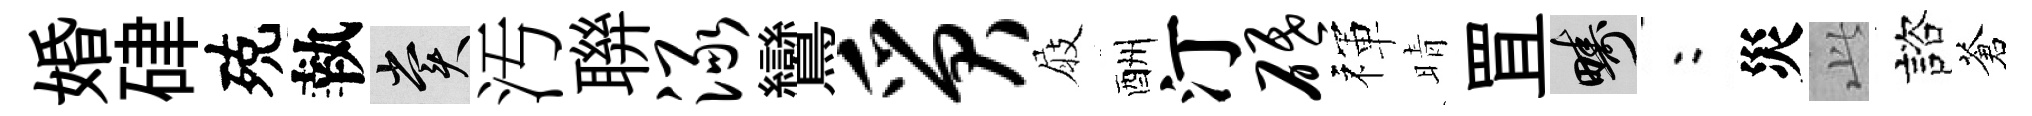
婚硉殑執賞汚聨渌鸞质屐酬汀砥禈晴罝疇欸災𬼘諮蒼